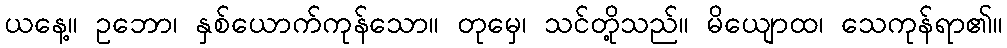
ယနေ့။ ဥဘော၊ နှစ်ယောက်ကုန်သော။ တုမှေ၊ သင်တို့သည်။ မိယျောထ၊ သေကုန်ရာ၏။